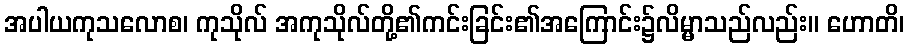
အပါယကုသလောစ၊ ကုသိုလ် အကုသိုလ်တို့၏ကင်းခြင်း၏အကြောင်း၌လိမ္မာသည်လည်း။ ဟောတိ၊